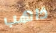
ذاهب